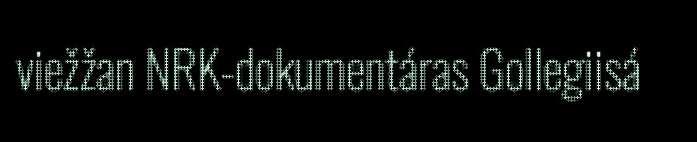
viežžan NRK-dokumentáras Gollegiisá